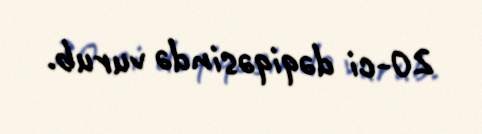
20-ci dəqiqəsində vurub.